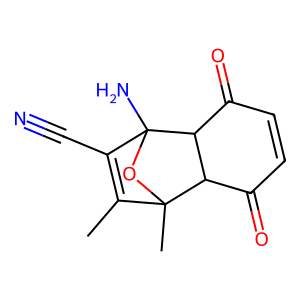
SMILES: CC1=C(C#N)C2(N)OC1(C)C1C(=O)C=CC(=O)C12
Inhibits HIV replication: No